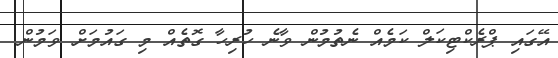
އޭގައި ޕްރެކްޓިކަލް ކަމެއް ނެތުމުން ވާނެ ހުރިހާ ގޮތެއް މި ގައުމަށް ވަމުން